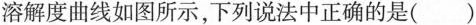
溶解度曲线如图所示，下列说法中正确的是（）